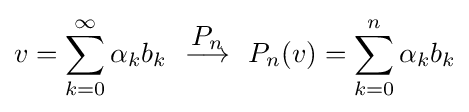
v=\sum _{k=0}^{\infty }\alpha _{k}b_{k}\ \ {\overset {\textstyle P_{n}}{\longrightarrow }}\ \ P_{n}(v)=\sum _{k=0}^{n}\alpha _{k}b_{k}